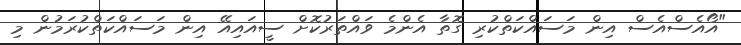
"އޯއެސްއެސް އިން މަސައްކަތްކުރި ގޮތާ އެންމެ ވައްތަރުކޮށް ސީއައިއޭ އިން މަސައްކަތްކުރަމުން މި